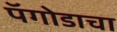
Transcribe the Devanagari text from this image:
पॅगोडाचा